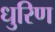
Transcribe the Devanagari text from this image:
धुरिण